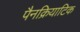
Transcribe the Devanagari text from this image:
पैनक्रियाटिक